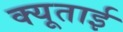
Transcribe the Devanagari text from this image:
क्यूताई